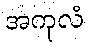
အကုလံ